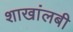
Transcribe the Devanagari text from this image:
शाखांलबी